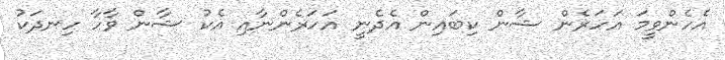
އެހެންވީމަ އަހަރެން ޝާން ކިބައިން އެދެނީ އަހަރެންނާއި އެކު ޝާން ވާހާ ހިނދަކު